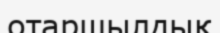
отаршылдық